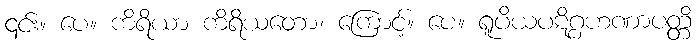
၎င်း။ ပေ။ ကိရိယာ ကိရိယတော၊ ကြောင့်။ ပေ။ ရူပိယပဋိဂ္ဂဟဏာပတ္တိ